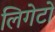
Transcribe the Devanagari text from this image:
लिगेटो